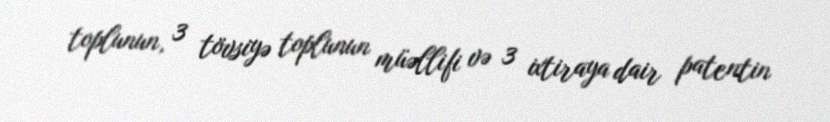
toplunun, 3 tövsiyə toplunun müəllifi və 3 ixtiraya dair patentin